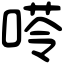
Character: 𠸖